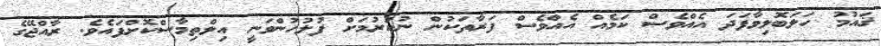
ޤައުމު ހަލަބޮލިވާފަދަ އެއްވެސް ކަމެއް އެއްވެސް ފަރާތަކުން ނުކުރުމަށް ފުލުހުންވަނީ އިލްތިމާސްކޮށްފައެވެ. ރާއްޖޭގެ